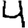
Digit: 4